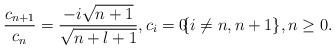
LaTeX: \begin{align*}\frac{c_{n+1}}{c_n} = \frac{-i \sqrt{n+1}}{\sqrt{n+l+1}} , c_i=0 \!\! \{i \neq n,n+1\}, n \geq 0 .\end{align*}